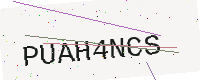
Text: PUAH4NCS